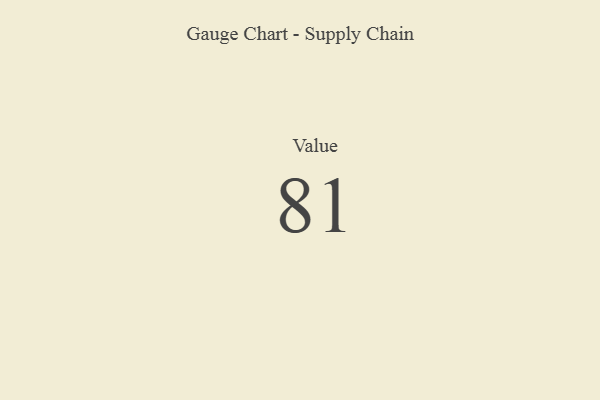
{"axis": {"x": "Metric", "y": "Value"}, "legend": [""], "data": [{"x": "Value", "y": 81, "type": ""}]}